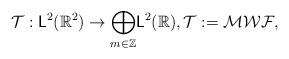
LaTeX: \begin{align*}\mathcal T:\mathsf L^2(\mathbb R^2)\to \underset{m\in \mathbb Z}\bigoplus\mathsf L^2(\mathbb R), \mathcal T:= \mathcal M\mathcal W\mathcal F,\end{align*}